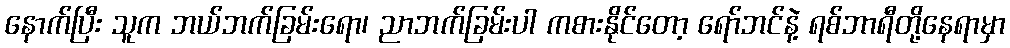
နောက်ပြီး သူက ဘယ်ဘက်ခြမ်းရော၊ ညာဘက်ခြမ်းပါ ကစားနိုင်တော့ ရော်ဘင်နဲ့ ရစ်ဘာရီတို့နေရာမှာ